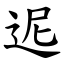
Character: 迡